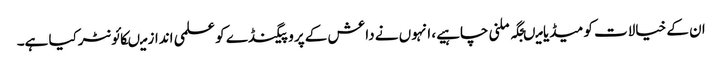
ان کے خیالات کو میڈیا میںجگہ ملنی چاہیے، انہوں نے داعش کے پروپیگنڈے کو علمی انداز میںکائونٹرکیا ہے۔